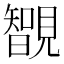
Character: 䚐